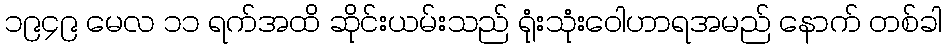
၁၉၄၉ မေလ ၁၁ ရက်အထိ ဆိုင်းယမ်းသည် ရုံးသုံးဝေါဟာရအမည် နောက် တစ်ခါ